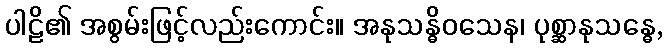
ပါဠိ၏ အစွမ်းဖြင့်လည်းကောင်း။ အနုသန္ဓိဝသေန၊ ပုစ္ဆာနုသန္ဓေ,